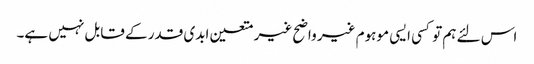
اس لئے ہم تو کسی ایسی موہوم غیر واضح غیر متعین ابدی قدر کے قابل نہیں ہے۔